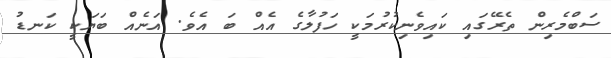
ސަބްމެރިން ތެރޭގައި ކައިވެނިކުރުމަކީ ހަފުލާގެ އެއް ބަ އެވެ. އަނެއް ބަޔަކީ ކަނޑު